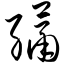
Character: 绣